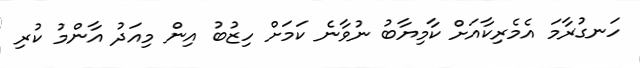
ހަނގުރާމަ އެމެރިކާއަށް ކާމިޔާބު ނުވާނެ ކަމަށް ހިޒުބު އިން މިއަދު އާންމު ކުރި